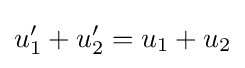
u_{1}'+u_{2}'=u_{1}+u_{2}